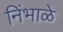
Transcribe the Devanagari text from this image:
निंभाळे